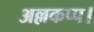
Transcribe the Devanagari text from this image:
अल्लकप्प।